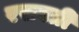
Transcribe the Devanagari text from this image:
रसवती